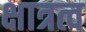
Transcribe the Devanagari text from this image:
क्षात्रत्व